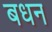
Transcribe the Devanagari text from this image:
बधन